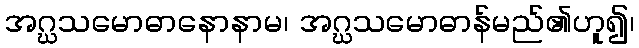
အဂ္ဃသမောဓာနောနာမ၊ အဂ္ဃသမောဓာန်မည်၏ဟူ၍၊